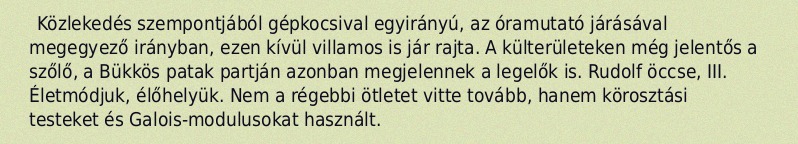
Közlekedés szempontjából gépkocsival egyirányú, az óramutató járásával megegyező irányban, ezen kívül villamos is jár rajta. A külterületeken még jelentős a szőlő, a Bükkös patak partján azonban megjelennek a legelők is. Rudolf öccse, III. Életmódjuk, élőhelyük. Nem a régebbi ötletet vitte tovább, hanem körosztási testeket és Galois-modulusokat használt.